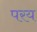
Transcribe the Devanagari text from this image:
परय